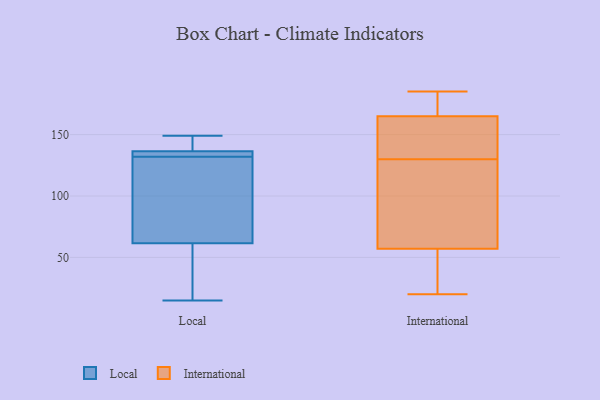
{"axis": {"x": "Customer Acquisition Cost (USD)", "y": "Value"}, "legend": ["International", "Local"], "data": [{"x": "", "y": 147, "type": "Local"}, {"x": "", "y": 137, "type": "Local"}, {"x": "", "y": 24, "type": "Local"}, {"x": "", "y": 149, "type": "Local"}, {"x": "", "y": 135, "type": "Local"}, {"x": "", "y": 132, "type": "Local"}, {"x": "", "y": 134, "type": "Local"}, {"x": "", "y": 60, "type": "Local"}, {"x": "", "y": 66, "type": "Local"}, {"x": "", "y": 132, "type": "Local"}, {"x": "", "y": 15, "type": "Local"}, {"x": "", "y": 130, "type": "International"}, {"x": "", "y": 165, "type": "International"}, {"x": "", "y": 185, "type": "International"}, {"x": "", "y": 32, "type": "International"}, {"x": "", "y": 146, "type": "International"}, {"x": "", "y": 44, "type": "International"}, {"x": "", "y": 20, "type": "International"}, {"x": "", "y": 172, "type": "International"}, {"x": "", "y": 97, "type": "International"}, {"x": "", "y": 165, "type": "International"}, {"x": "", "y": 96, "type": "International"}]}